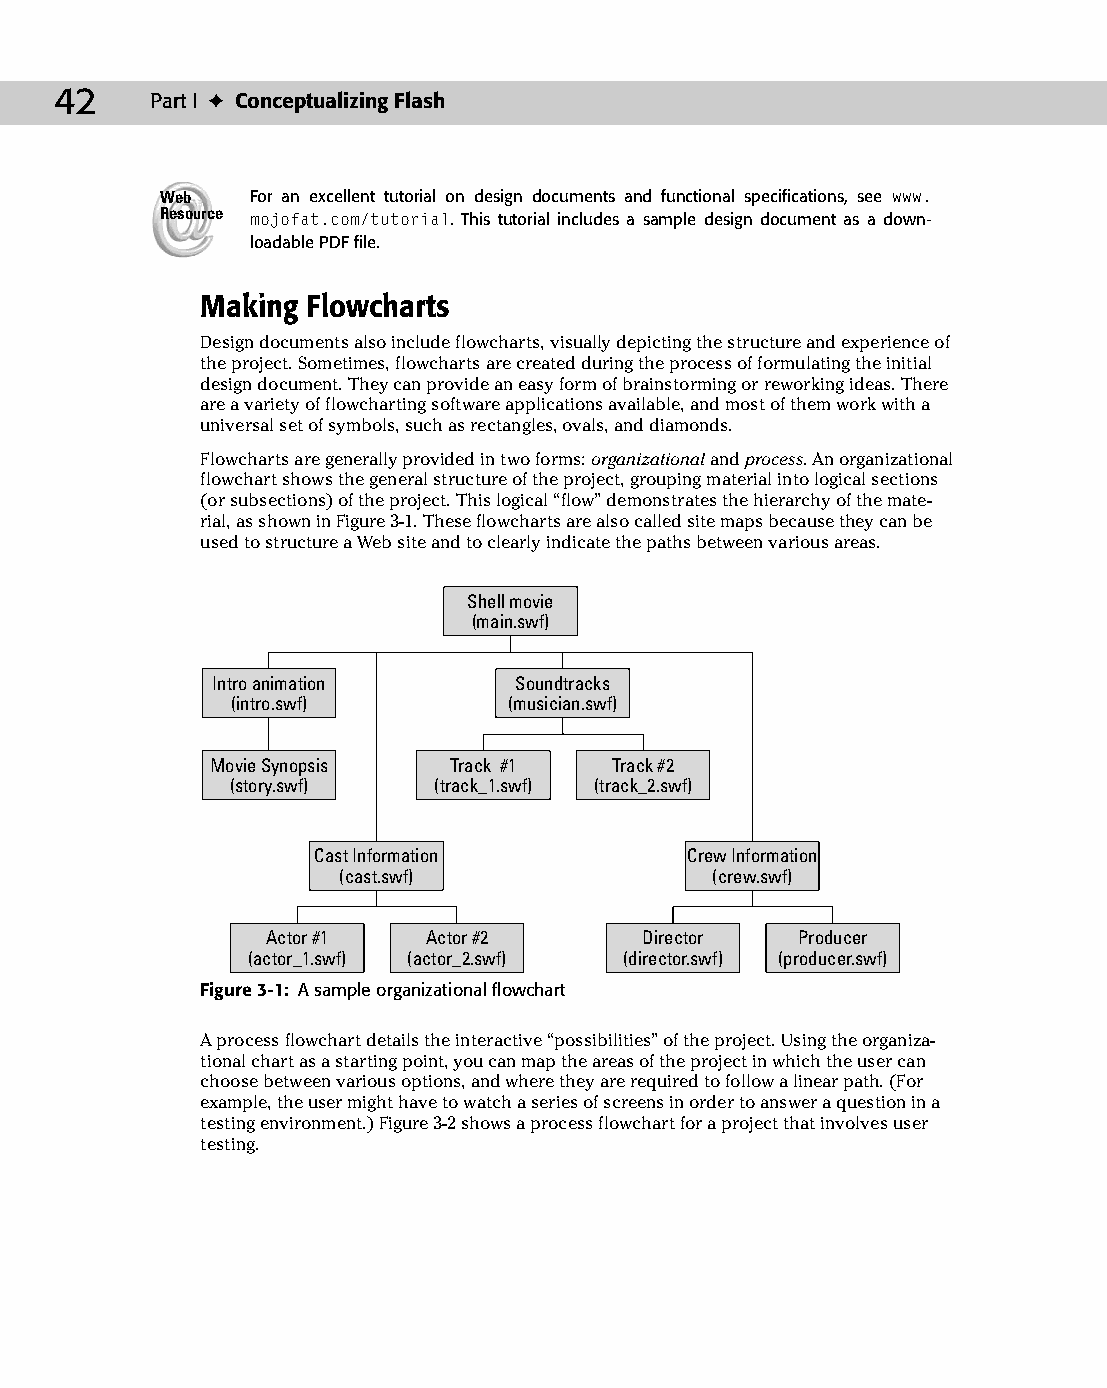
05 543547 ch03.qxd 3/24/04 3:51 PM Page 42
 42    Part I ✦ Conceptualizing Flash
 Web   For an excellent tutorial on design documents and functional specifications, see www.
 Resource mojofat.com/tutorial. This tutorial includes a sample design document as a down­
 loadable PDF file.
 Making Flowcharts
 Design documents also include flowcharts, visually depicting the structure and experience of
 the project. Sometimes, flowcharts are created during the process of formulating the initial
 design document. They can provide an easy form of brainstorming or reworking ideas. There
 are a variety of flowcharting software applications available, and most of them work with a
 universal set of symbols, such as rectangles, ovals, and diamonds.
 Flowcharts are generally provided in two forms: organizational and process. An organizational
 flowchart shows the general structure of the project, grouping material into logical sections
 (or subsections) of the project. This logical “flow” demonstrates the hierarchy of the mate­
 rial, as shown in Figure 3-1. These flowcharts are also called site maps because they can be
 used to structure a Web site and to clearly indicate the paths between various areas.
 Shell movie
 (main.swf)
 Intro animation     Soundtracks
 (intro.swf)        (musician.swf)
 Movie Synopsis  Track #1   Track #2
 (story.swf)   (track_1.swf) (track_2.swf)
 Cast Information        Crew Information
 (cast.swf)               (crew.swf)
 Actor #1  Actor #2       Director  Producer
 (actor_1.swf) (actor_2.swf) (director.swf) (producer.swf)
 Figure 3-1: A sample organizational flowchart
 A process flowchart details the interactive “possibilities” of the project. Using the organiza­
 tional chart as a starting point, you can map the areas of the project in which the user can
 choose between various options, and where they are required to follow a linear path. (For
 example, the user might have to watch a series of screens in order to answer a question in a
 testing environment.) Figure 3-2 shows a process flowchart for a project that involves user
 testing.